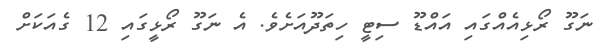
ނަގޫ ރޯޅިއެއްގައި އައްޑޫ ސިޓީ ހިތަދޫއަށެވެ. އެ ނަގޫ ރޯޅީގައި 12 ގެއަކަށް